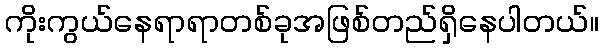
ကိုးကွယ်နေရာရာတစ်ခုအဖြစ်တည်ရှိနေပါတယ်။